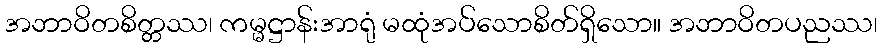
အဘာဝိတစိတ္တဿ၊ ကမ္မဋ္ဌာန်းအာရုံ မထုံအပ်သောစိတ်ရှိသော။ အဘာဝိတပညဿ၊